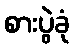
စားပွဲခုံ